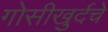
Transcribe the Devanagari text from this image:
गोसीखुर्दचे